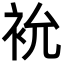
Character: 𮕯